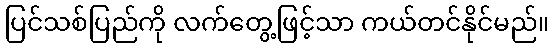
ပြင်သစ်ပြည်ကို လက်တွေ့ဖြင့်သာ ကယ်တင်နိုင်မည်။